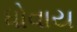
ધોવાય